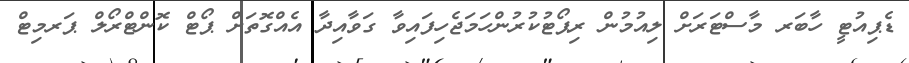
ޑެޕިއުޓީ ހާބަރ މާސްޓަރަށް ލިއުމުން ރިޕޯޓުކުރުންހަމަޖެހިފައިވާ ގަވާއިދާ އެއްގޮތަށް ޕޯޓް ކޮންޓްރޯލް ޕަރމިޓް